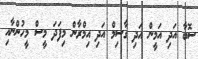
ސޮބާ އަދި އަމީން އަދި ގާސިމް އަދި އިމްރާން މިފަދަ މީސް މީހުންނާއި